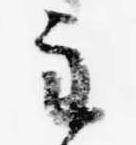
主